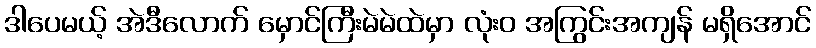
ဒါပေမယ့် အဲဒီလောက် မှောင်ကြီးမဲမဲထဲမှာ လုံးဝ အကြွင်းအကျန် မရှိအောင်